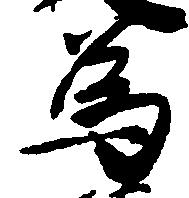
為